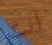
انت